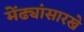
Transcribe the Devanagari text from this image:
मेंढ्यांसारखे